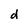
Character: d